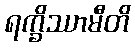
ရက္ခိဿာမီတိ